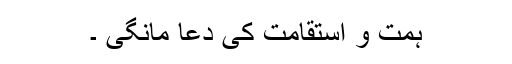
ہمت و استقامت کی دعا مانگی ۔